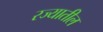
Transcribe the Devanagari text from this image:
रज्यातील